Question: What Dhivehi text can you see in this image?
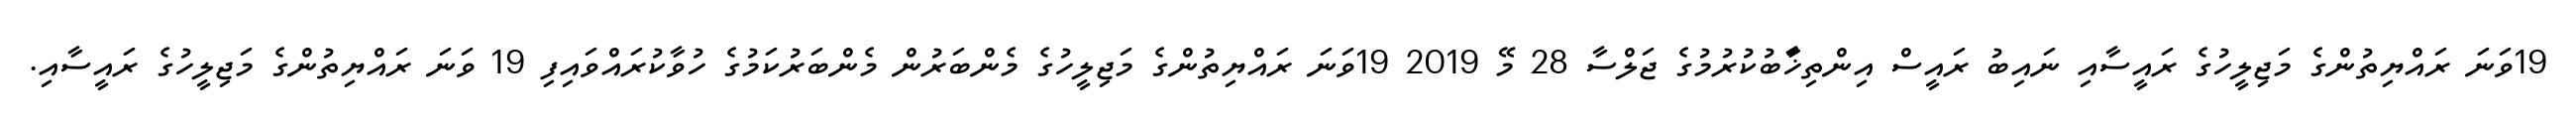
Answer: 19ވަނަ ރައްޔިތުންގެ މަޖިލީހުގެ ރައީސާއި ނައިބު ރައީސް އިންތިޚަާބުކުރުމުގެ ޖަލްސާ 28 މޭ 2019 19ވަނަ ރައްޔިތުންގެ މަޖިލީހުގެ މެންބަރުން މެންބަރުކަމުގެ ހުވާކުރައްވައިފި 19 ވަނަ ރައްޔިތުންގެ މަޖިލީހުގެ ރައީސާއި.